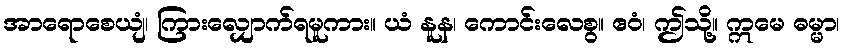
အာရောစေယျံ၊ ကြားလျှောက်ရမူကား။ ယံ နူန၊ ကောင်းလေစွ။ ဧဝံ၊ ဤသို့။ ဣမေ ဓမ္မာ၊